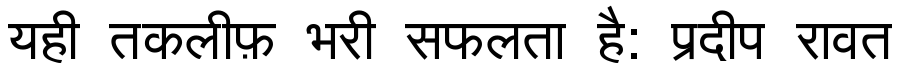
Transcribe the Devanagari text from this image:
यही तकलीफ़ भरी सफलता है: प्रदीप रावत